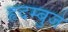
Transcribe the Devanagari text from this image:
हृदम्बुजे